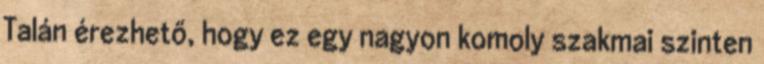
Talán érezhető, hogy ez egy nagyon komoly szakmai szinten